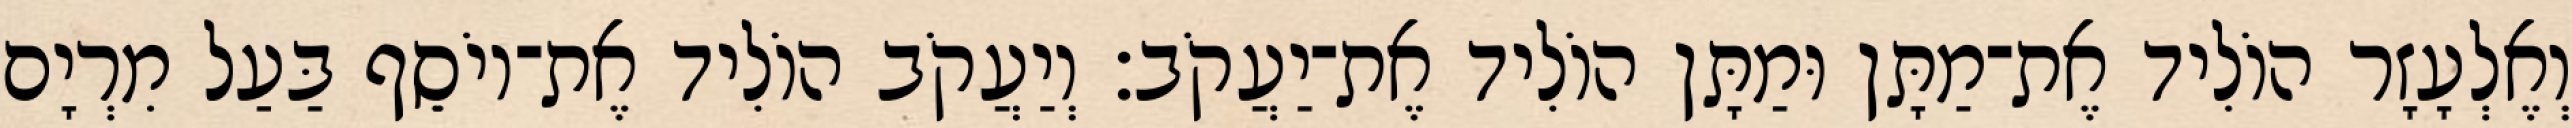
וְאֶלְעָזָר הוֹלִיד אֶת־מַתָּן וּמַתָּן הוֹלִיד אֶת־יַעֲקֹב׃ וְיַעֲקֹב הוֹלִיד אֶת־יוֹסֵף בַּעַל מִרְיָם